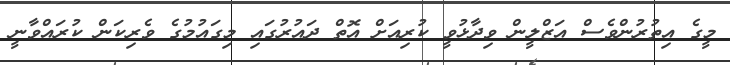
މީގެ އިތުރުންވެސް އަޒްލީން ވިދާޅުވީ ކުރިއަށް އޮތް ދައުރުގައި މިގައުމުގެ ވެރިކަން ކުރައްވާނީ